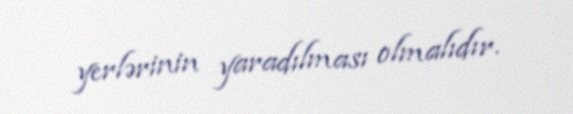
yerlərinin yaradılması olmalıdır.